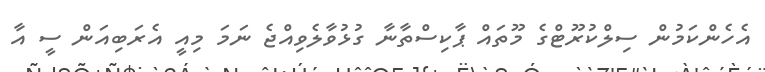
އެހެންކަމުން ސިލްކުރޫޓްގެ މޫތައް ޕާކިސްތާނާ ގުޅުވާލެވިއްޖެ ނަމަ މިއީ އެރަބިއަން ސީ އާ